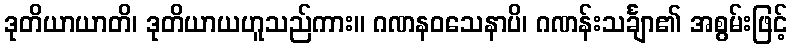
ဒုတိယာယာတိ၊ ဒုတိယာယဟူသည်ကား။ ဂဏနဝသေနာပိ၊ ဂဏန်းသင်္ချာ၏ အစွမ်းဖြင့်